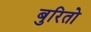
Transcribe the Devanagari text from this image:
बुरितो